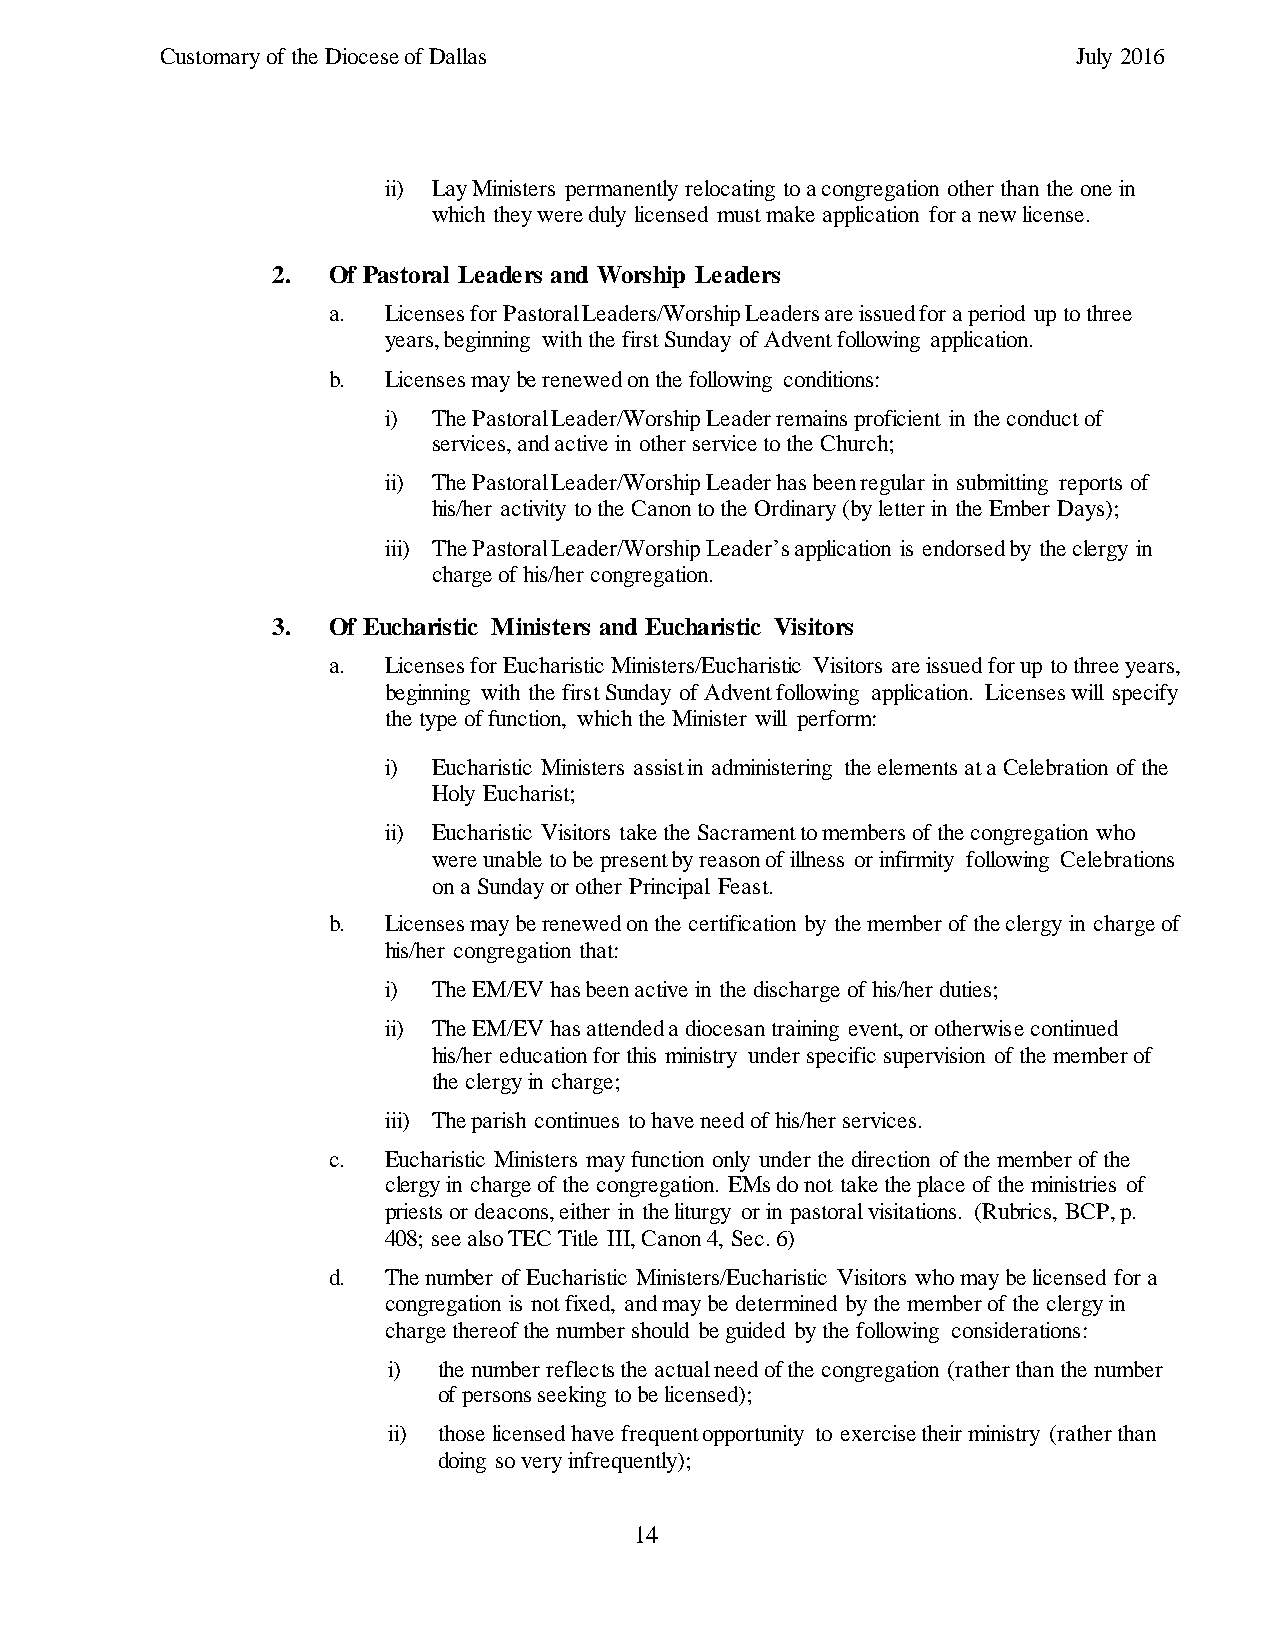
Customary of the Diocese of Dallas                          July 2016
 ii) Lay Ministers permanently relocating to a congregation other than the one in
 which they were duly licensed must make application for a new license.
 2.  Of Pastoral Leaders and Worship Leaders
 a. Licenses for Pastoral Leaders/Worship Leaders are issued for a period up to three
 years, beginning with the first Sunday of Advent following application.
 b. Licenses may be renewed on the following conditions:
 i)  The Pastoral Leader/Worship Leader remains proficient in the conduct of
 services, and active in other service to the Church;
 ii) The Pastoral Leader/Worship Leader has been regular in submitting reports of
 his/her activity to the Canon to the Ordinary (by letter in the Ember Days);
 iii) The Pastoral Leader/Worship Leader’s application is endorsed by the clergy in
 charge of his/her congregation.
 3.  Of Eucharistic Ministers and Eucharistic Visitors
 a. Licenses for Eucharistic Ministers/Eucharistic Visitors are issued for up to three years,
 beginning with the first Sunday of Advent following application. Licenses will specify
 the type of function, which the Minister will perform:
 i)  Eucharistic Ministers assist in administering the elements at a Celebration of the
 Holy Eucharist;
 ii) Eucharistic Visitors take the Sacrament to members of the congregation who
 were unable to be present by reason of illness or infirmity following Celebrations
 on a Sunday or other Principal Feast.
 b. Licenses may be renewed on the certification by the member of the clergy in charge of
 his/her congregation that:
 i)  The EM/EV has been active in the discharge of his/her duties;
 ii) The EM/EV has attended a diocesan training event, or otherwise continued
 his/her education for this ministry under specific supervision of the member of
 the clergy in charge;
 iii) The parish continues to have need of his/her services.
 c. Eucharistic Ministers may function only under the direction of the member of the
 clergy in charge of the congregation. EMs do not take the place of the ministries of
 priests or deacons, either in the liturgy or in pastoral visitations. (Rubrics, BCP, p.
 408; see also TEC Title III, Canon 4, Sec. 6)
 d. The number of Eucharistic Ministers/Eucharistic Visitors who may be licensed for a
 congregation is not fixed, and may be determined by the member of the clergy in
 charge thereof the number should be guided by the following considerations:
 i) the number reflects the actual need of the congregation (rather than the number
 of persons seeking to be licensed);
 ii) those licensed have frequent opportunity to exercise their ministry (rather than
 doing so very infrequently);
 14